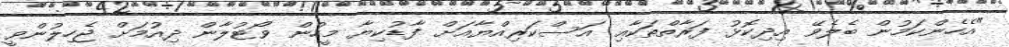
"އެހެންކަމުން ބެލެވޭ އިދިކޮޅު ފަރާތްތަކާއި އަސްކަރިއްޔާއަށް ފާޑުކިޔާ މީހުން ވޯޓުލާން ދިއުމަށް ޖެހިލުންވީ